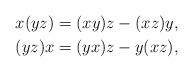
LaTeX: \begin{align*}x(yz)&=(xy)z - (xz)y, \\(yz)x&=(yx)z - y(xz),\end{align*}